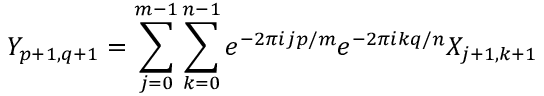
Y _ { p + 1 , q + 1 } = \sum _ { j = 0 } ^ { m - 1 } \sum _ { k = 0 } ^ { n - 1 } e ^ { - 2 \pi i j p / m } e ^ { - 2 \pi i k q / n } X _ { j + 1 , k + 1 }